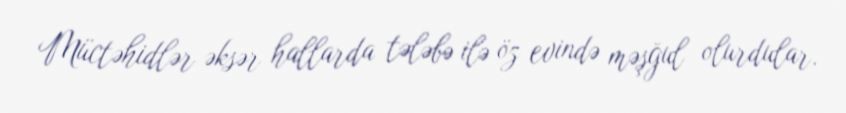
Müctəhidlər əksər hallarda tələbə ilə öz evində məşğul olurdular.